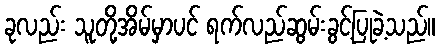
ခုလည်း သူတို့အိမ်မှာပင် ရက်လည်ဆွမ်းခွင့်ပြုခဲ့သည်။